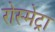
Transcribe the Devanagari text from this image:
रोस्मेट्रा